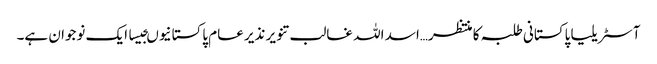
آسٹریلیا پاکستانی طلبہ کا منتظر…اسد اللہ غالب تنویر نذیر عام پاکستانیوںجیسا ایک نوجوان ہے۔